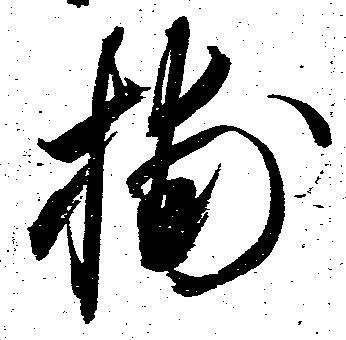
捕